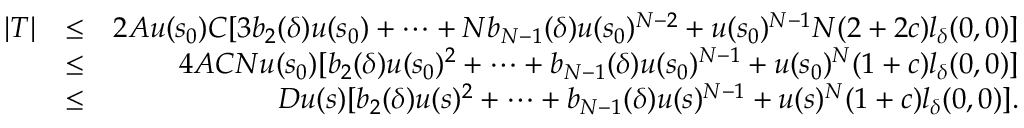
\begin{array} { r l r } { | T | } & { \leq } & { 2 A u ( s _ { 0 } ) C [ 3 b _ { 2 } ( \delta ) u ( s _ { 0 } ) + \cdots + N b _ { N - 1 } ( \delta ) u ( s _ { 0 } ) ^ { N - 2 } + u ( s _ { 0 } ) ^ { N - 1 } N ( 2 + 2 c ) l _ { \delta } ( 0 , 0 ) ] } \\ & { \leq } & { 4 A C N u ( s _ { 0 } ) [ b _ { 2 } ( \delta ) u ( s _ { 0 } ) ^ { 2 } + \cdots + b _ { N - 1 } ( \delta ) u ( s _ { 0 } ) ^ { N - 1 } + u ( s _ { 0 } ) ^ { N } ( 1 + c ) l _ { \delta } ( 0 , 0 ) ] } \\ & { \leq } & { D u ( s ) [ b _ { 2 } ( \delta ) u ( s ) ^ { 2 } + \cdots + b _ { N - 1 } ( \delta ) u ( s ) ^ { N - 1 } + u ( s ) ^ { N } ( 1 + c ) l _ { \delta } ( 0 , 0 ) ] . } \end{array}